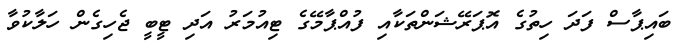
ބައިޕާސް ފަދަ ހިތުގެ އޮޕަރޭޝަންތަކާއި ފުއްޕާމޭގެ ޓިއުމަރު އަދި ޓީބީ ޖެހިގެން ހަލާކުވާ